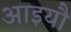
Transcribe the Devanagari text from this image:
आइयौ